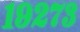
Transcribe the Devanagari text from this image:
१९२७३